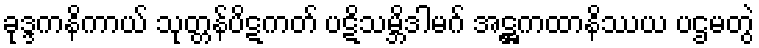
ခုဒ္ဒကနိကာယ် သုတ္တန်ပိဋကတ် ပဋိသမ္ဘိဒါမဂ် အဋ္ဌကထာနိဿယ ပဌမတွဲ